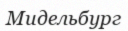
Мидельбург